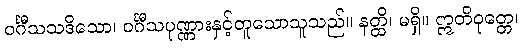
ဝင်္ဂီသသဒိသော၊ ဝင်္ဂီသပုဏ္ဏားနှင့်တူသောသူသည်။ နတ္ထိ၊ မရှိ။ ဣတိဝုတ္တေ၊